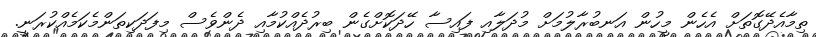
ތިމާއެދޭގޮތަށް އެހެން މީހުން އަނބުރާލުމަށް މުދަލާއި ފައިސާ ހޭދަކޮށްގެން ބިރުދެއްކުމާއި ދެންވެސް މިފަދަކިތަންމެކަމެއްކުރަނީ.